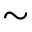
\sim